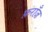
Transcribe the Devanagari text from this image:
फ़राँज़